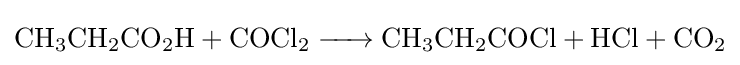
{\ce {CH3CH2CO2H + COCl2 -> CH3CH2COCl + HCl + CO2}}